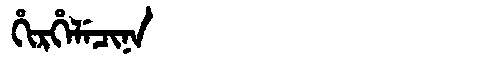
Manchu: ᡥᡳᡵᡥᡝᠯᡝᠴᡳᠨᠠ
Romanization: HIRHELECINA